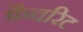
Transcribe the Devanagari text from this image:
फैवरिट